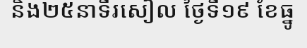
និង២៥នាទីរសៀល ថ្ងៃទី១៩ ខែធ្នូ